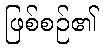
ဖြစ်စဉ်၏